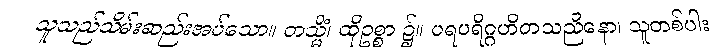
သူသည်သိမ်းဆည်းအပ်သော။ တသ္မိံ၊ ထိုဥစ္စာ ၌။ ပရပရိဂ္ဂဟိတသညိနော၊ သူတစ်ပါး